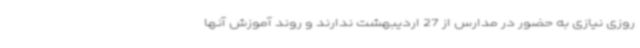
روزی نیازی به حضور در مدارس از 27 اردیبهشت ندارند و روند آموزش آنها